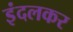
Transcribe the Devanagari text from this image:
इंदलकर